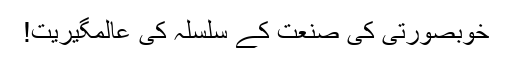
خوبصورتی کی صنعت کے سلسلہ کی عالمگیریت!